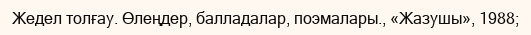
Жедел толғау. Өлеңдер, балладалар, поэмалары., «Жазушы», 1988;